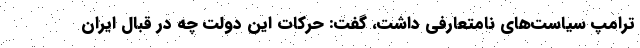
ترامپ سیاست‌های نامتعارفی داشت، گفت: حرکات این دولت چه در قبال ایران